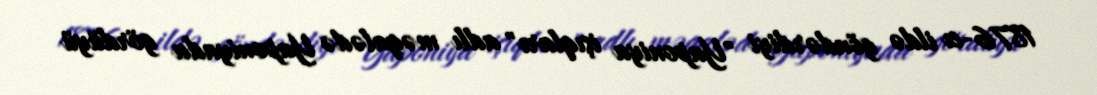
1876-cı ildə göndərdiyi "Yaponiya işıqları" adlı məqalədə Yaponiyada gördüyü